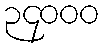
၃၄၀၀၀